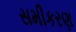
સમીકરણ